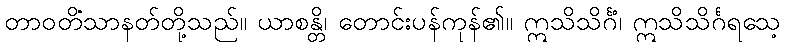
တာဝတိံသာနတ်တို့သည်။ ယာစန္တိ၊ တောင်းပန်ကုန်၏။ ဣသိသိင်္ဂံ၊ ဣသိသိင်္ဂရသေ့